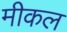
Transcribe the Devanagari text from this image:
मीकल